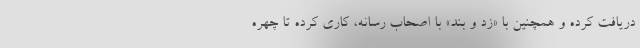
دریافت کرده و همچنین با «زد و بند» با اصحاب رسانه، کاری کرده تا چهره